Indian journal of veterinary science and animal husbandry - Volumes 24-25, 1954-1955
Year: 1954
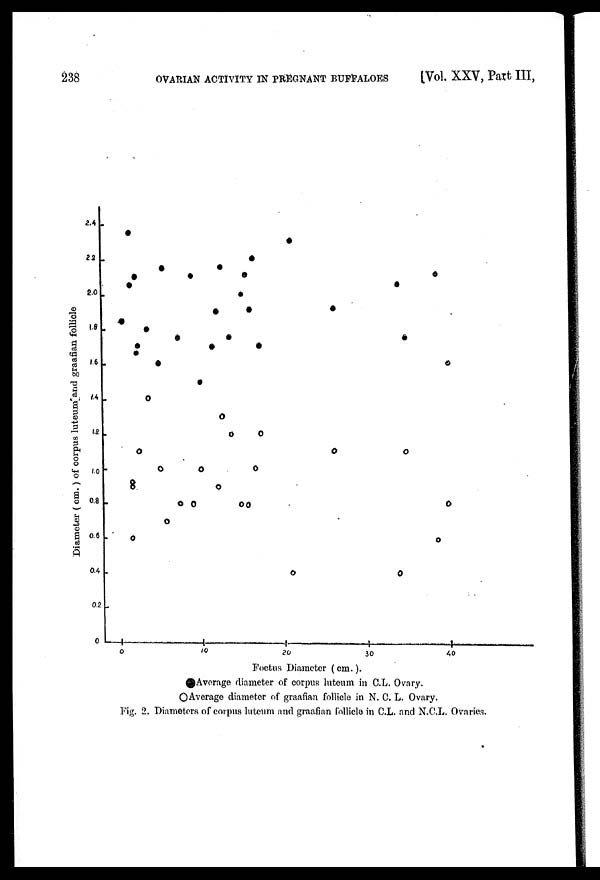
238
OVARIAN ACTIVITY IN PREGNANT BUFFALOES
[Vol. XXV, Part III,
Fig. 2. Diameters of corpus luteum and graafian follicle in C.L. and N.C.L. Ovaries.